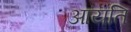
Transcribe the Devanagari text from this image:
आयति